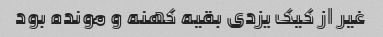
غیر از کیک یزدی بقیه کهنه و مونده بود